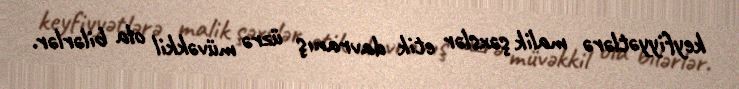
keyfiyyətlərə malik şəxslər etik davranış üzrə müvəkkil ola bilərlər.